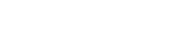
٣٥